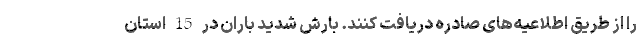
را از طریق اطلاعیه‌های صادره دریافت کنند. بارش شدید باران در 15 استان